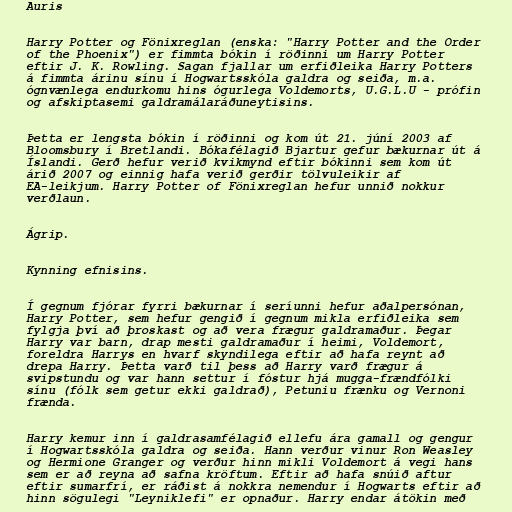
Auris

Harry Potter og Fönixreglan (enska: "Harry Potter and the Order
of the Phoenix") er fimmta bókin í röðinni um Harry Potter
eftir J. K. Rowling. Sagan fjallar um erfiðleika Harry Potters
á fimmta árinu sínu í Hogwartsskóla galdra og seiða, m.a.
ógnvænlega endurkomu hins ógurlega Voldemorts, U.G.L.U - prófin
og afskiptasemi galdramálaráðuneytisins.

Þetta er lengsta bókin í röðinni og kom út 21. júní 2003 af
Bloomsbury í Bretlandi. Bókafélagið Bjartur gefur bækurnar út á
Íslandi. Gerð hefur verið kvikmynd eftir bókinni sem kom út
árið 2007 og einnig hafa verið gerðir tölvuleikir af
EA-leikjum. Harry Potter of Fönixreglan hefur unnið nokkur
verðlaun.

Ágrip.

Kynning efnisins.

Í gegnum fjórar fyrri bækurnar í seríunni hefur aðalpersónan,
Harry Potter, sem hefur gengið í gegnum mikla erfiðleika sem
fylgja því að þroskast og að vera frægur galdramaður. Þegar
Harry var barn, drap mesti galdramaður í heimi, Voldemort,
foreldra Harrys en hvarf skyndilega eftir að hafa reynt að
drepa Harry. Þetta varð til þess að Harry varð frægur á
svipstundu og var hann settur í fóstur hjá mugga-frændfólki
sínu (fólk sem getur ekki galdrað), Petuniu frænku og Vernoni
frænda.

Harry kemur inn í galdrasamfélagið ellefu ára gamall og gengur
í Hogwartsskóla galdra og seiða. Hann verður vinur Ron Weasley
og Hermione Granger og verður hinn mikli Voldemort á vegi hans
sem er að reyna að safna kröftum. Eftir að hafa snúið aftur
eftir sumarfrí, er ráðist á nokkra nemendur í Hogwarts eftir að
hinn sögulegi "Leyniklefi" er opnaður. Harry endar átökin með